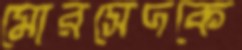
মোরসেদকে